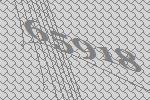
65918